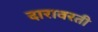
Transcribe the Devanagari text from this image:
दारावरती